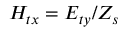
H _ { t x } = E _ { t y } / Z _ { s }